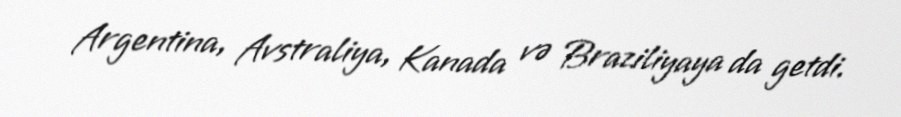
Argentina, Avstraliya, Kanada və Braziliyaya da getdi.